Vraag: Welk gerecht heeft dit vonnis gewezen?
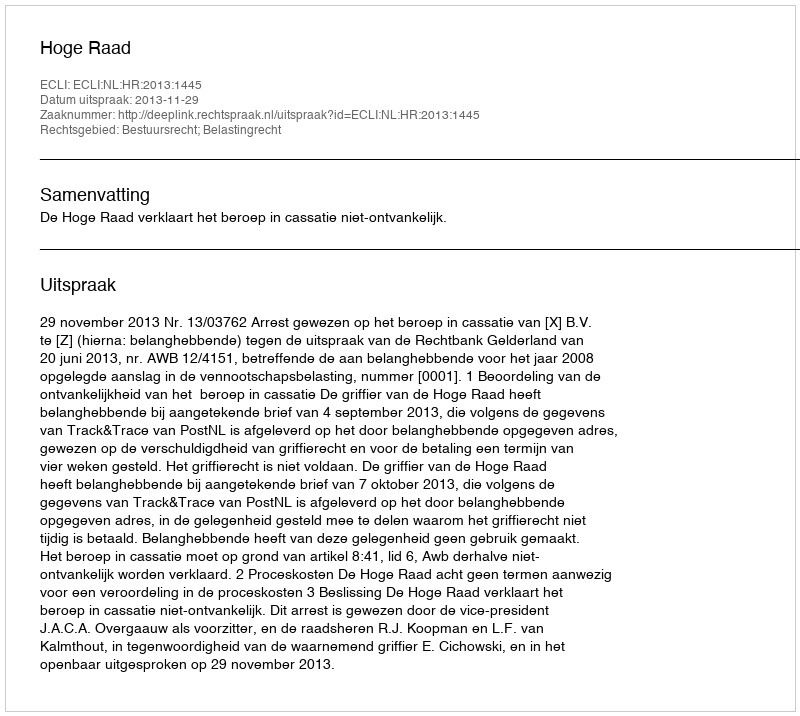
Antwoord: Hoge Raad